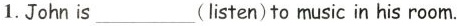
1.John is___(listen)to music in his room.